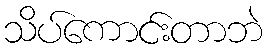
သိပ်ကောင်းတာဘဲ